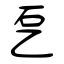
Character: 乭